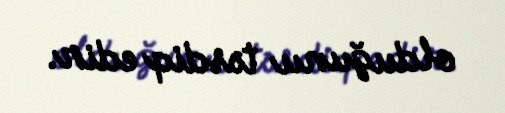
olduğunu təsdiq edir.